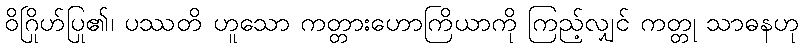
ဝိဂြိုဟ်ပြု၏၊ ပဿတိ ဟူသော ကတ္တားဟောကြိယာကို ကြည့်လျှင် ကတ္တု သာဓနဟု